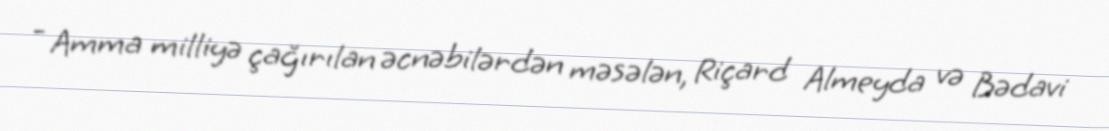
- Amma milliyə çağırılan əcnəbilərdən məsələn, Riçard Almeyda və Bədavi